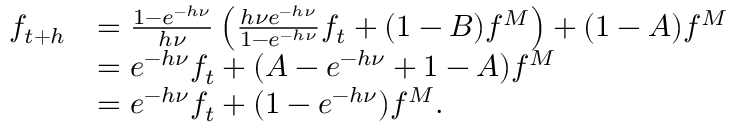
\begin{array} { r l } { f _ { t + h } } & { = \frac { 1 - e ^ { - h \nu } } { h \nu } \left( \frac { h \nu e ^ { - h \nu } } { 1 - e ^ { - h \nu } } f _ { t } + ( 1 - B ) f ^ { M } \right) + ( 1 - A ) f ^ { M } } \\ & { = e ^ { - h \nu } f _ { t } + ( A - e ^ { - h \nu } + 1 - A ) f ^ { M } } \\ & { = e ^ { - h \nu } f _ { t } + ( 1 - e ^ { - h \nu } ) f ^ { M } . } \end{array}